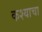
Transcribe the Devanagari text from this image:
कश्याचा